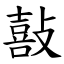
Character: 敼